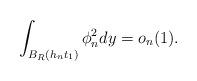
LaTeX: \begin{align*}\int_{B_R(h_nt_1)}\phi_n^2 dy=o_n(1).\end{align*}